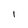
Character: I